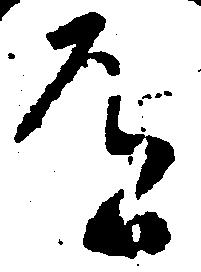
道